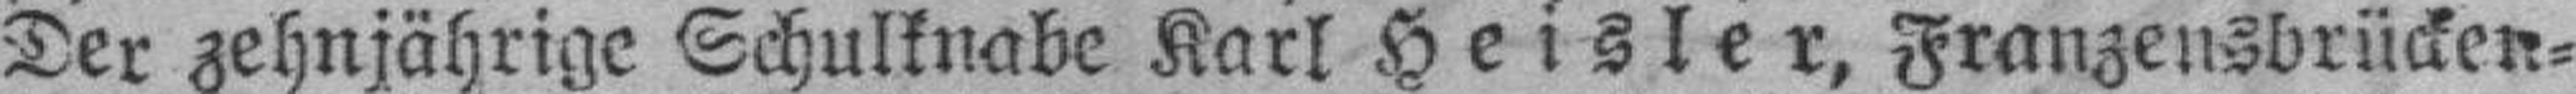
Der zehnjährige Schulknabe Karl Heisler, Franzensbrücken¬